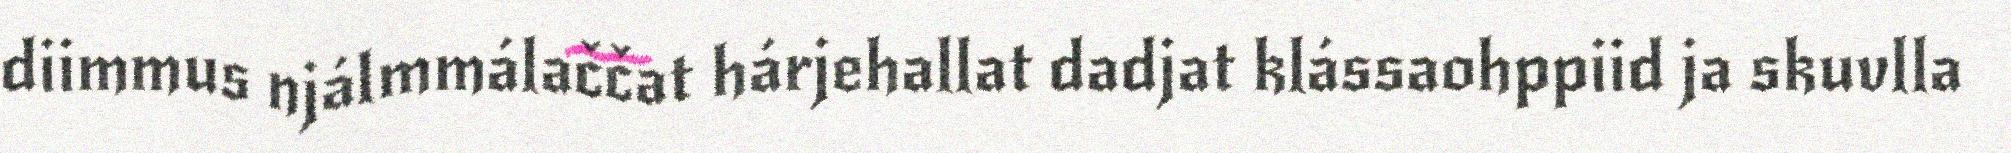
diimmus njálmmálaččat hárjehallat dadjat klássaohppiid ja skuvlla